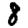
Digit: 8